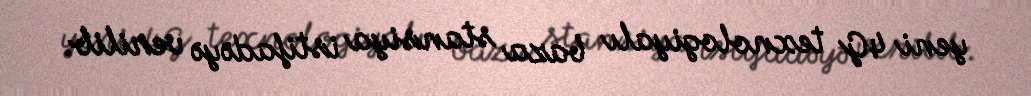
yeni 4G texnologiyalı baza stansiya istifadəyə verilib.